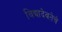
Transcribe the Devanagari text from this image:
विद्यादेवतेचे